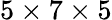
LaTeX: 5\times 7\times 5